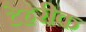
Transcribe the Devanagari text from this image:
टेहरीक